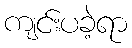
ကျင်းပခဲ့ရာ